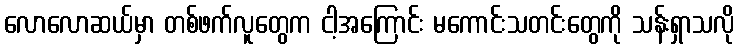
လောလောဆယ်မှာ တစ်ဖက်လူတွေက ငါ့အကြောင်း မကောင်းသတင်းတွေကို သန်းရှာသလို